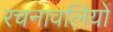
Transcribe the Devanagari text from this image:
रचनावलियों